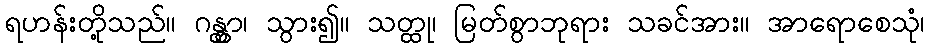
ရဟန်းတို့သည်။ ဂန္တွာ၊ သွား၍။ သတ္ထု၊ မြတ်စွာဘုရား သခင်အား။ အာရောစေသုံ၊